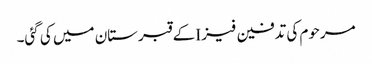
مرحوم کی تدفین فیز Iکے قبرستان میں کی گئی۔